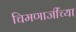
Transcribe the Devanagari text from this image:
चिमणाजींच्या